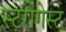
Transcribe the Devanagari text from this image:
स्टरोंगेस्ट